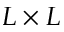
L \times L